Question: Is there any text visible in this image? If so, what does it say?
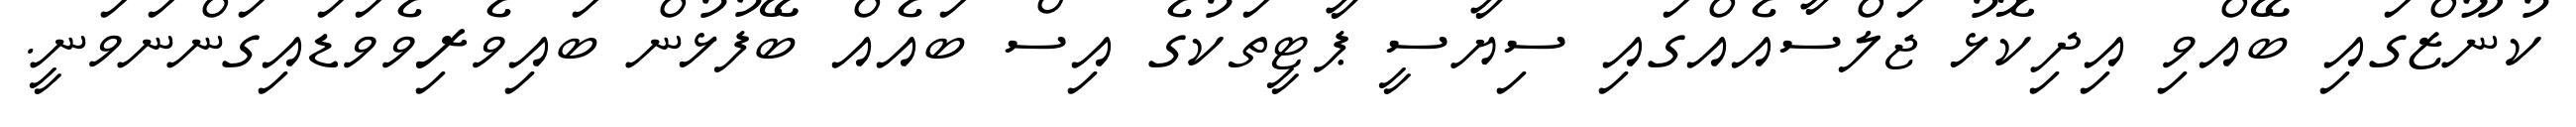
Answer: ކުނޫޒްގައި ބޭއްވި އިދިކޮޅު ޖަލްސާއެއްގައި ސިޔާސީ ޕާޓީތަކުގެ އިސް ބައެއް ބޭފުޅުން ބައިވެރިވެވަޑައިގަންނަވަނީ.